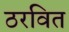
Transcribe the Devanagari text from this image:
ठरवित